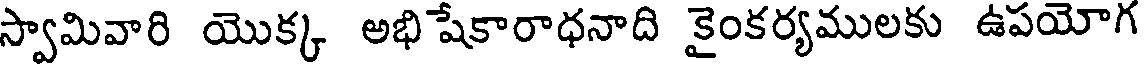
స్వామివారి యొక్క అభిషేకారాధనాది కైంకర్యములకు ఉపయోగ